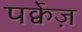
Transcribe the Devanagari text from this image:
पर्क्वेज़